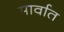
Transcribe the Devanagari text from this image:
मार्वात